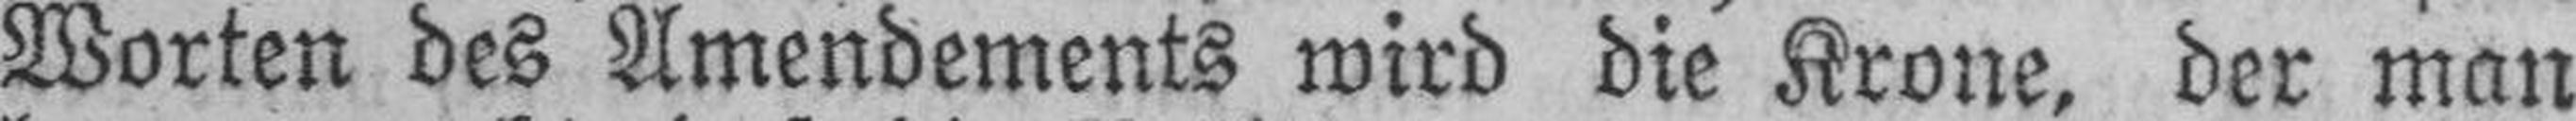
Worten des Amendements wird die Krone, der man